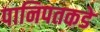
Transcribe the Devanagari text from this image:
पानिपतकडे